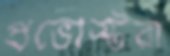
প্রভোস্টরা